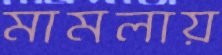
মামলায়